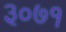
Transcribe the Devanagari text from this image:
३०७१